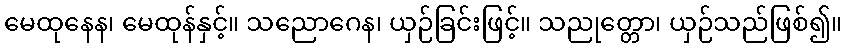
မေထုနေန၊ မေထုန်နှင့်။ သညောဂေန၊ ယှဉ်ခြင်းဖြင့်။ သညုတ္တော၊ ယှဉ်သည်ဖြစ်၍။